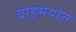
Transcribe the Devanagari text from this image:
वाङ्‌मयांत